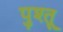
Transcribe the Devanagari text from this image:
पुश्‍तू